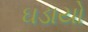
ઘડાયો